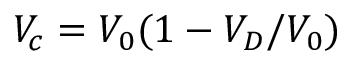
V _ { c } = V _ { 0 } ( 1 - { V _ { D } / V _ { 0 } } )